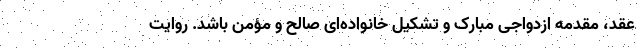
عقد، مقدمه ازدواجی مبارک و تشکیل خانواده‌ای صالح و مؤمن باشد. روایت